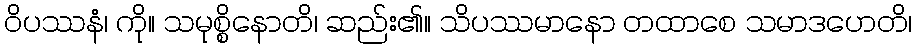
ဝိပဿနံ၊ ကို။ သမုစ္စိနောတိ၊ ဆည်း၏။ သိပဿမာနော တထာစေ သမာဒဟေတိ၊